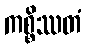
ကစ္စိဿတံ